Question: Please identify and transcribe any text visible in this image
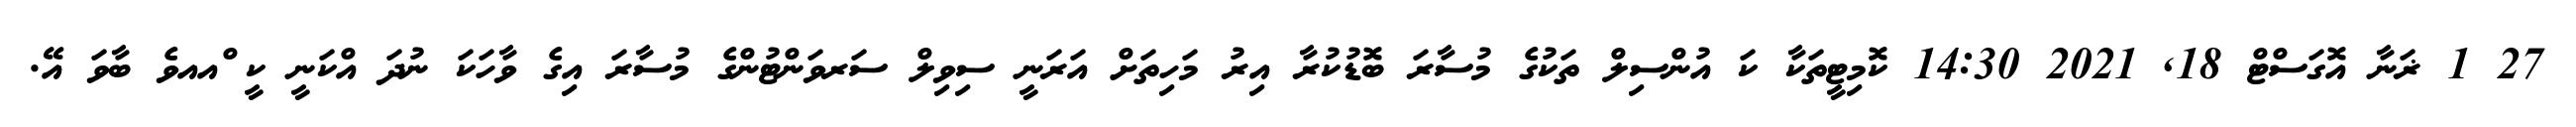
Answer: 27 1 ޜަނާ އޮގަސްޓް 18, 2021 14:30 ކޮމިޓީތަކާ ކަ އުންސިލް ތަކުގެ މުސާރަ ބޮޑުކުރާ އިރު މަހިތަށް އަރަނީ ސިވިލް ސަރވަންޓުންގެ މުސާރަ އިގެ ވާހަކަ ނުދަ އްކަނީ ކީ ްއއވެ ބާވަ އޭ.